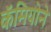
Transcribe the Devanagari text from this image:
कॅमियोने